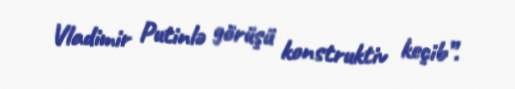
Vladimir Putinlə görüşü konstruktiv keçib”.